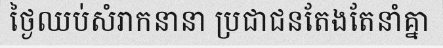
ថ្ងៃឈប់សំរាកនានា ប្រជាជនតែងតែនាំគ្នា